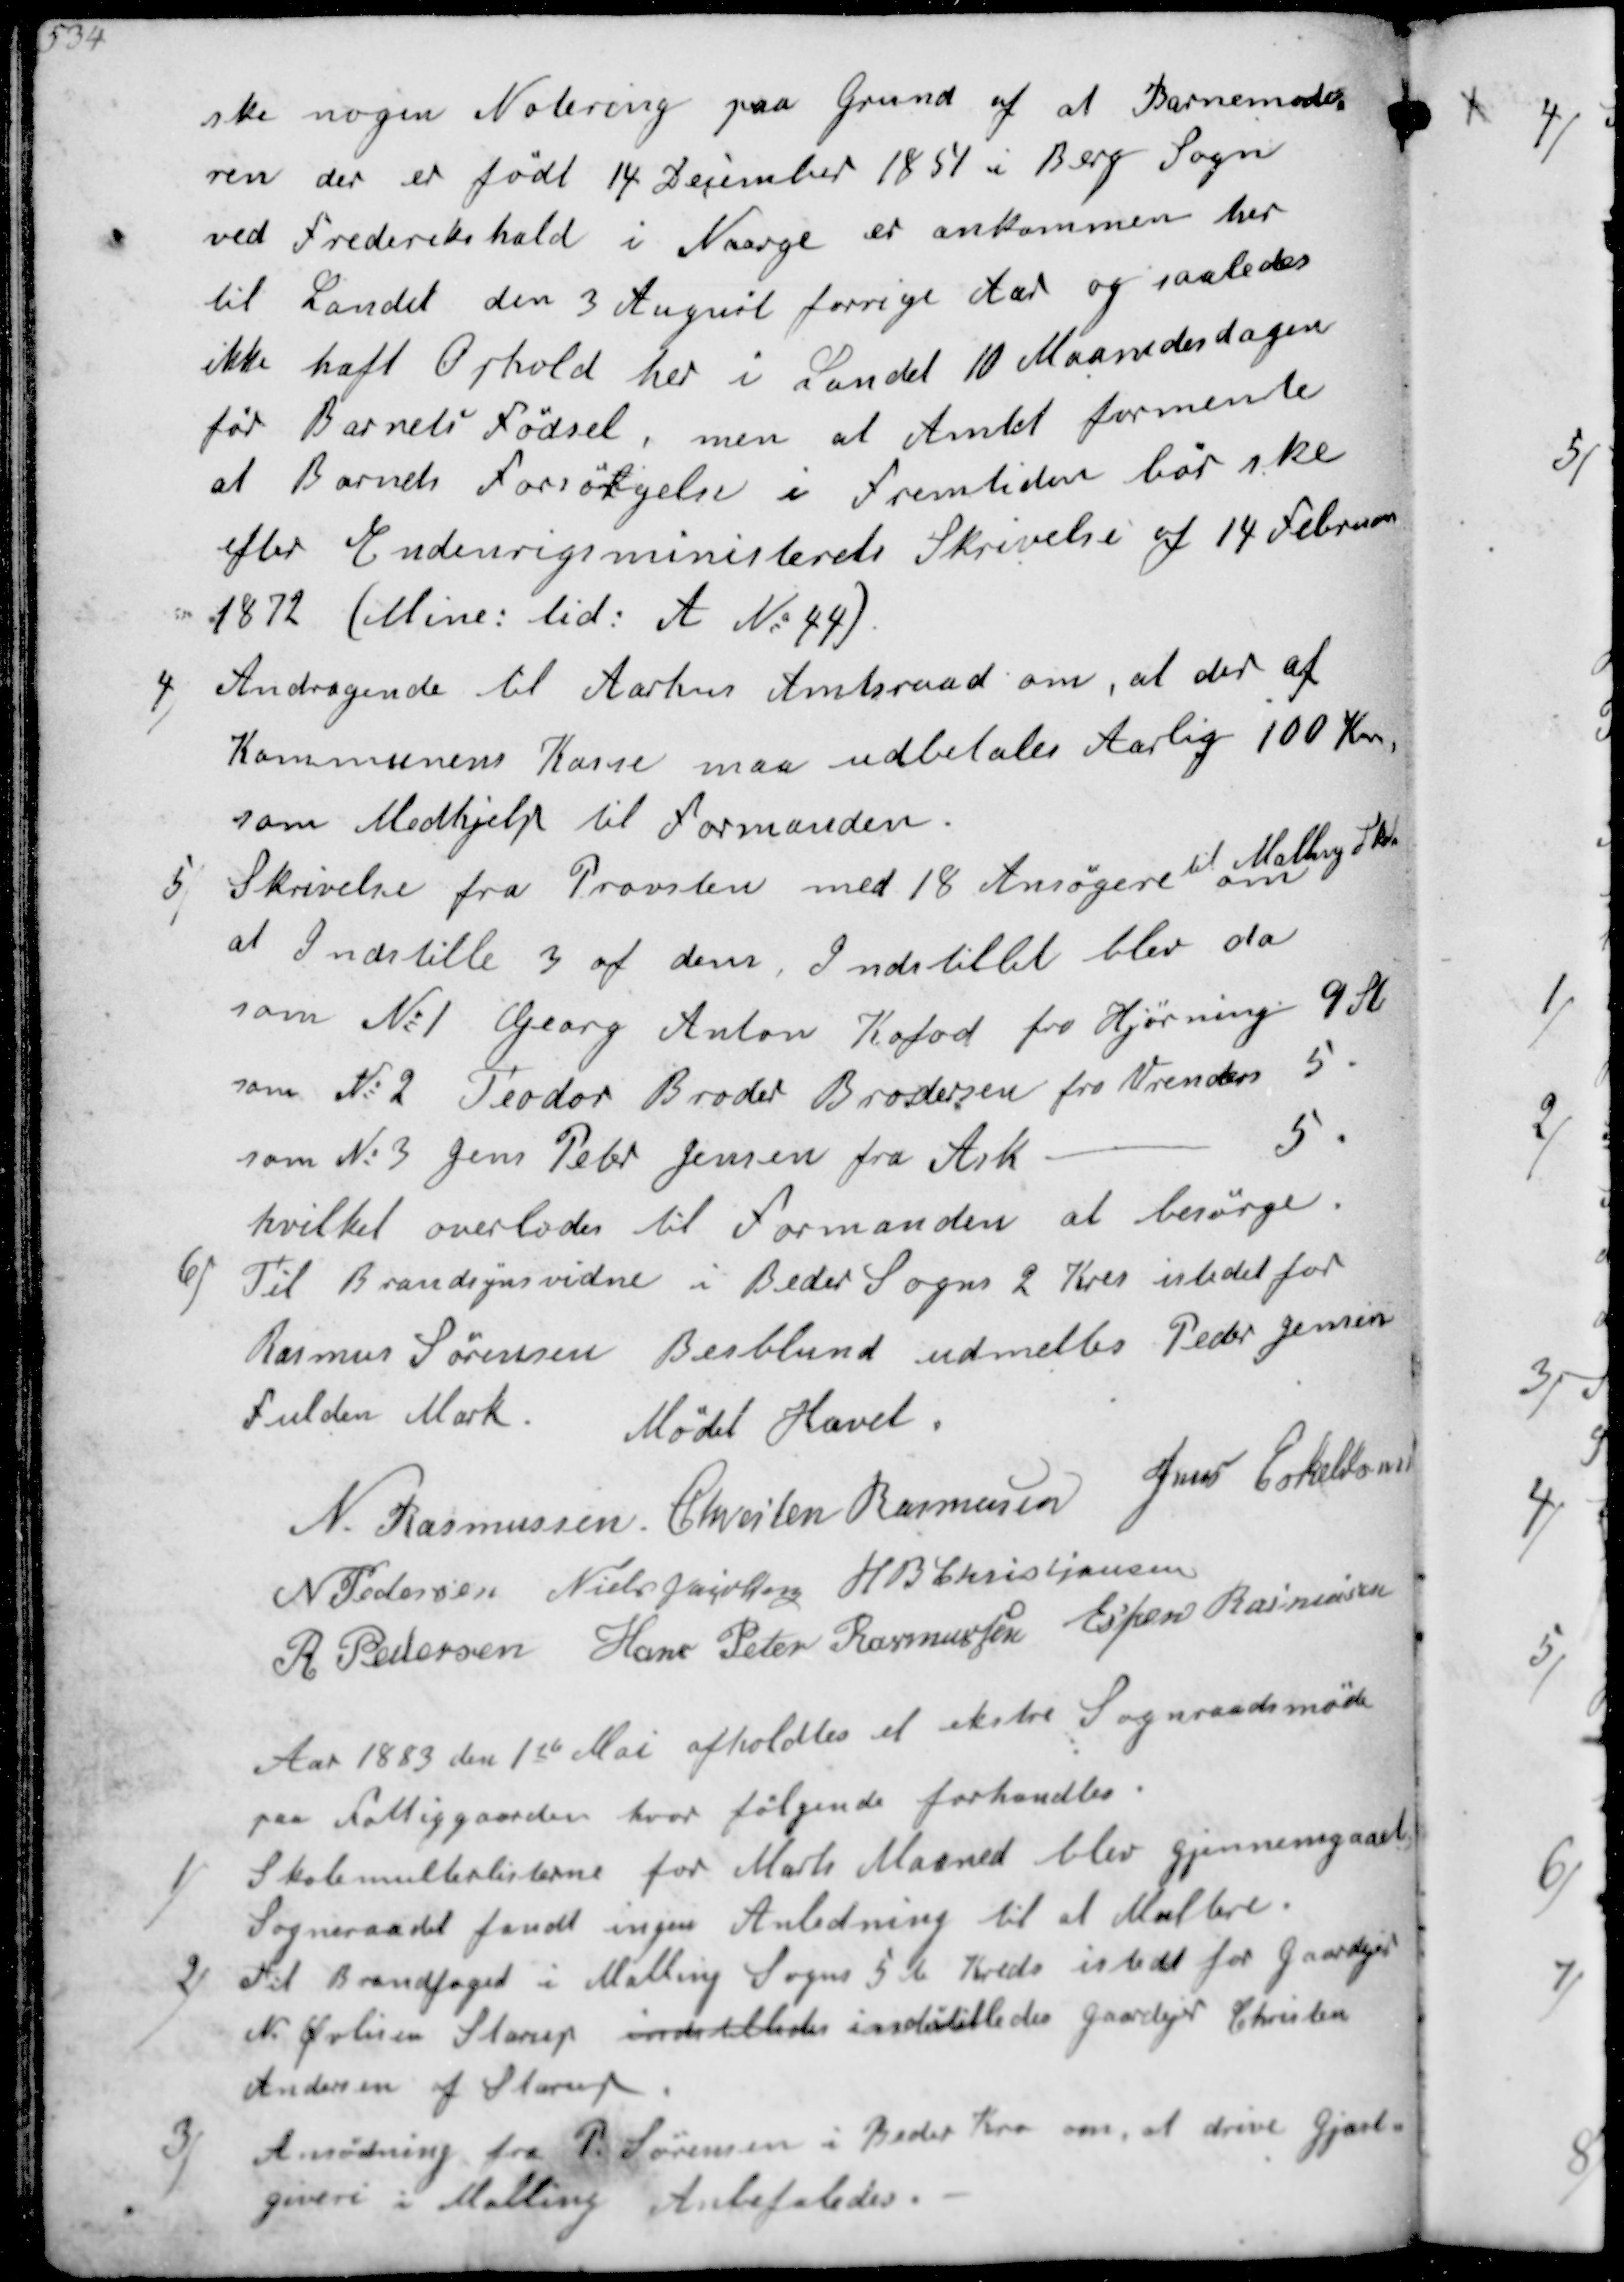
Transskription:
ske nogen Notering paa grund af at Barnemode-
ren der er født 14 December 1851 i Berg Sogn
ved Frederikshald i Norge er ankommen her 
til Landet den 3 August forrige Aar og saaledes
ikke haft Ophold her i Landet 10 Maanedesdagen
før Barnets fødsel, men at Amtet formente
at Barnets forsørgelse i fremtiden skal ske
efter Endenrigsministerets Skrivelse af 14 februar
1872 (Mine: tid: A No. 44)

4/
Andragende til Aarhus Amtsraad om, at der af
Kommunens Kasse maa udbetaltes Aarlig 100 Kr
som Medhjelp til Formanden.
5/
Skrivelse fra Provsten med 18 Ansøgere til Malling Skole om
at Indstille 3 af dem. Indstillet blev da
som N: 1 Georg Anders Kofod fra Hjørning 9 St
som N: 2 Teodor Broder Brodersen fra Vrenders 5 "
som N: 3 Jens Peter Jensen fra Ask - 5 "
hvilket overlades til formanden at besørge.
6/
Til Brandsynsvidne i Beder Sogn 2 Kres istedet for
Rasmus Sørensen Besblund udmeltes Peder Jensen
Fulden Mark. Mødet Hævet.
N. Rasmussen
Chresten Rasmussen
Jens Eskeldsen
N Pedersen
Niels Jakobsen
H B Christjansen
R Pedersen
Hans Peter Rasmussen
Espen Rasmussen

Aar 1883 den 1ste Maj afholdtes et ekstre Sognraadsmöde
paa fattiggaarden hvor følgende forhandles.
1/
Skolemulterlisterne for Marts Maaned blev gjennemgaaet.
Sogneraadet fandt ingen Anledning til at Multere.
2/
Til Brandfoged i Malling Sogns 5te Kreds istedet for gaardejer
N. Øvlisen Starup indstilledes indstilledes gaardejer Christen
Andersen af Starup.
3/
Ansødning fra P. Sørensen i Beder Kro om, at drive gjæst-
giveri i Malling Anbefaledes.